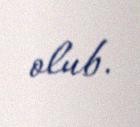
olub.